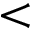
<